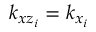
k _ { x z _ { i } } = k _ { x _ { i } }